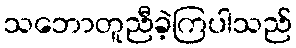
သဘောတူညီခဲ့ကြပါသည်